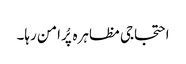
احتجاجی مظاہرہ پُرامن رہا۔